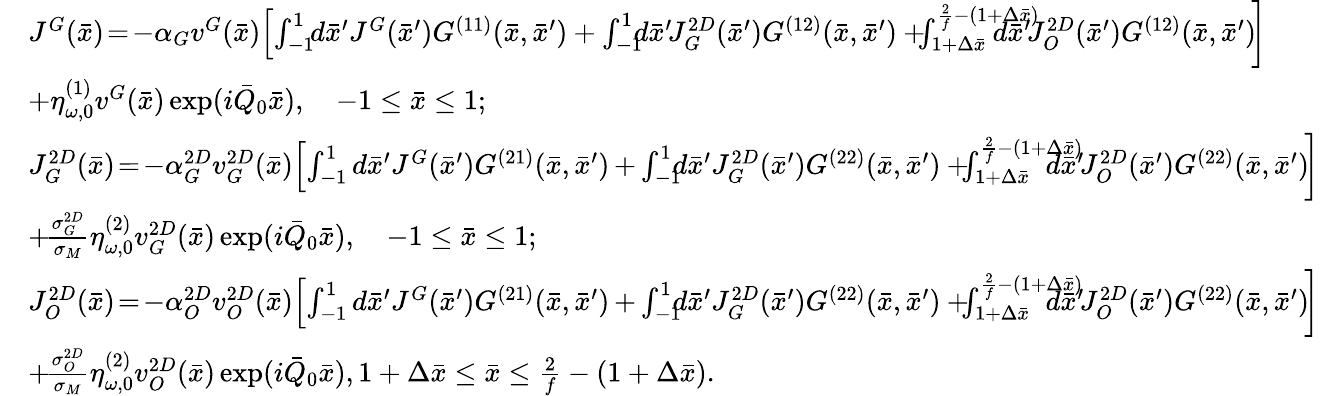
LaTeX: \begin{array}{rl}&{J^{G}(\bar{x})\! =\! -\alpha_{G}v^{G}(\bar{x})\! \left[\int_{-1}^{1}\! \! d\bar{x}^{\prime}J^{G}(\bar{x}^{\prime})G^{(11)}(\bar{x},\bar{x}^{\prime})\right.+\left.\int_{-1}^{1}\! \! \! d\bar{x}^{\prime}\! J_{G}^{2D}(\bar{x}^{\prime})G^{(12)}(\bar{x},\bar{x}^{\prime})+\! \! \! \int_{1+\Delta\bar{x}}^{\frac{2}{f}-(1+\Delta\bar{x})}\! \! \! \! \! \! \! \! \! \! \! d\bar{x}^{\prime}\! J_{O}^{2D}(\bar{x}^{\prime})G^{(12)}(\bar{x},\bar{x}^{\prime})\! \right]}\\ &{+\eta_{\omega,0}^{(1)}v^{G}(\bar{x})\exp(i\bar{Q}_{0}\bar{x}),\quad-1\leq\bar{x}\leq 1;}\\ &{J_{G}^{2D}(\bar{x})\! =\! -\alpha_{G}^{2D}v_{G}^{2D}(\bar{x})\! \left[\int_{-1}^{1}d\bar{x}^{\prime}J^{G}(\bar{x}^{\prime})G^{(21)}(\bar{x},\bar{x}^{\prime})\right.\left.+\int_{-1}^{1}\! \! \! d\bar{x}^{\prime}J_{G}^{2D}(\bar{x}^{\prime})G^{(22)}(\bar{x},\bar{x}^{\prime})+\! \! \! \int_{1+\Delta\bar{x}}^{\frac{2}{f}-(1+\Delta\bar{x})}\! \! \! \! \! \! \! \! \! d\bar{x}^{\prime}\! J_{O}^{2D}(\bar{x}^{\prime})G^{(22)}(\bar{x},\bar{x}^{\prime})\! \right]}\\ &{+\! \frac{\sigma_{G}^{2D}}{\sigma_{M}}\eta_{\omega,0}^{(2)}v_{G}^{2D}(\bar{x})\exp(i\bar{Q}_{0}\bar{x}),\quad-1\leq\bar{x}\leq 1;}\\ &{J_{O}^{2D}(\bar{x})\! =\! -\alpha_{O}^{2D}v_{O}^{2D}(\bar{x})\! \left[\int_{-1}^{1}d\bar{x}^{\prime}J^{G}(\bar{x}^{\prime})G^{(21)}(\bar{x},\bar{x}^{\prime})\right.\left.+\int_{-1}^{1}\! \! \! d\bar{x}^{\prime}J_{G}^{2D}(\bar{x}^{\prime})G^{(22)}(\bar{x},\bar{x}^{\prime})+\! \! \! \int_{1+\Delta\bar{x}}^{\frac{2}{f}-(1+\Delta\bar{x})}\! \! \! \! \! \! \! \! \! d\bar{x}^{\prime}\! J_{O}^{2D}(\bar{x}^{\prime})G^{(22)}(\bar{x},\bar{x}^{\prime})\! \right]}\\ &{+\! \frac{\sigma_{O}^{2D}}{\sigma_{M}}\eta_{\omega,0}^{(2)}v_{O}^{2D}(\bar{x})\exp(i\bar{Q}_{0}\bar{x}),1+\Delta\bar{x}\leq\bar{x}\leq\frac{2}{f}-(1+\Delta\bar{x}).}\end{array}